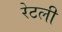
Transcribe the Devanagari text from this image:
रेटली